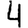
Digit: 4